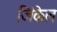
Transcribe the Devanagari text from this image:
जिंकेल